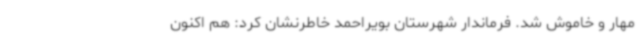
مهار و خاموش شد. فرماندار شهرستان بویراحمد خاطرنشان کرد: هم اکنون